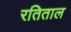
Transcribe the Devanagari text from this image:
रतिताल